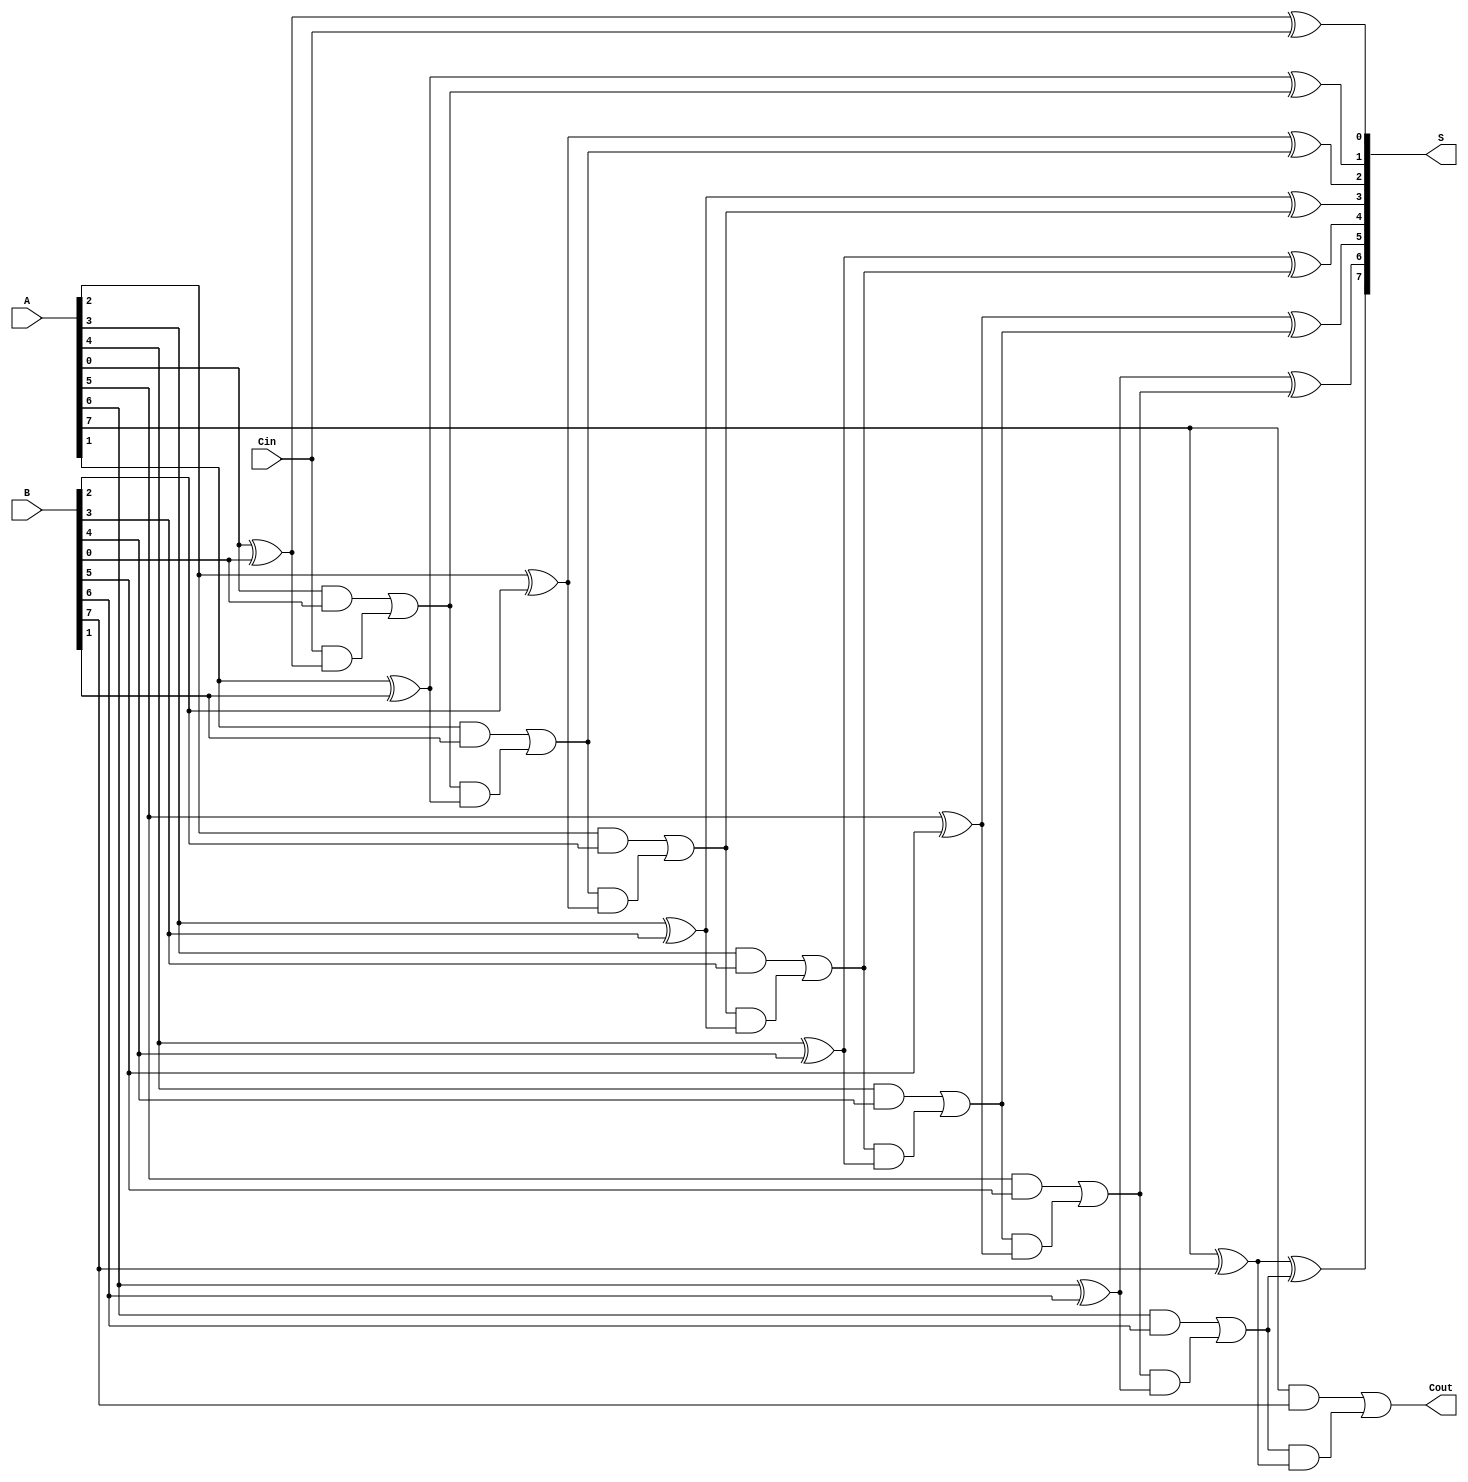
module ManchesterCarryChainAdder #(
    parameter N = 8 // Bit-width of the adder
)(
    input [N-1:0] A,    // First n-bit input
    input [N-1:0] B,    // Second n-bit input
    input Cin,          // Carry input
    output [N-1:0] S,   // n-bit Sum output
    output Cout         // Carry output
);

    wire [N:0] C; // Carry chain, C[0] = Cin, C[N] = Cout
    
    // Generate carry outputs
    assign C[0] = Cin; // Initialize first carry as Cin
    
    genvar i;
    generate
        for (i = 0; i < N; i = i + 1) begin : carry_chain
            assign S[i] = A[i] ^ B[i] ^ C[i]; // Sum calculation
            assign C[i+1] = (A[i] & B[i]) | (C[i] & (A[i] ^ B[i])); // Carry generation
        end
    endgenerate

    assign Cout = C[N]; // Final Carry Out

endmodule